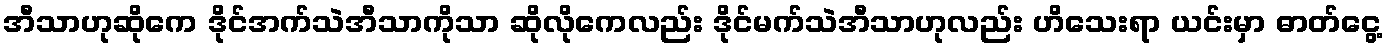
အီသာဟုဆိုကေ ဒိုင်အက်သဲအီသာကိုသာ ဆိုလိုကေလည်း ဒိုင်မက်သဲအီသာဟုလည်း ဟိသေးရာ ယင်းမှာ ဓာတ်ငွေ့